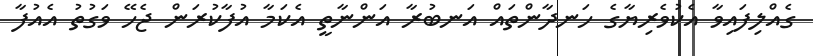
ގެއްލިފައިވާ އެކުވެރިޔާގެ ހަނދާންތައް އަނބުރާ އަންނާތީ އެކަމާ އުފާކުރަން ޖެހޭ ވަގުތު އެއުފާ